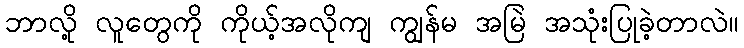
ဘာလို့ လူတွေကို ကိုယ့်အလိုကျ ကျွန်မ အမြဲ အသုံးပြုခဲ့တာလဲ။